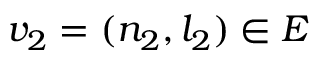
v _ { 2 } = ( n _ { 2 } , l _ { 2 } ) \in E